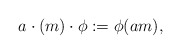
\begin{align*}a\cdot(m)\cdot \phi:=\phi(am),\end{align*}